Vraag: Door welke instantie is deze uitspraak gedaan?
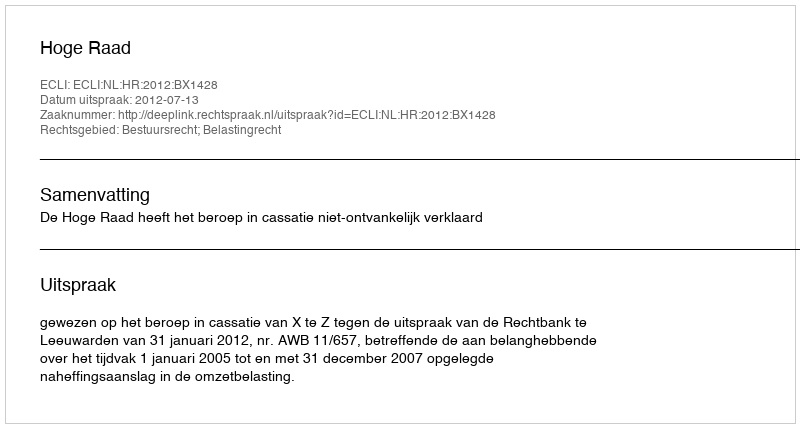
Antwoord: Hoge Raad